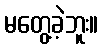
မတွေ့ခဲ့ဘူး။